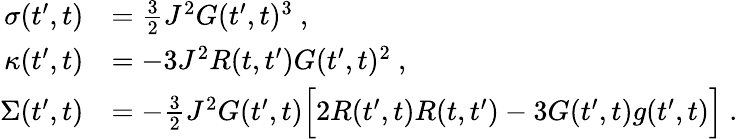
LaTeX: \begin{array}{rl}{\sigma(t^{\prime},t)}&{=\frac{3}{2}J^{2}G(t^{\prime},t)^{3}~,}\\ {\kappa(t^{\prime},t)}&{=-3J^{2}R(t,t^{\prime})G(t^{\prime},t)^{2}~,}\\ {\Sigma(t^{\prime},t)}&{=-\frac{3}{2}J^{2}G(t^{\prime},t)\Big[2R(t^{\prime},t)R(t,t^{\prime})-3G(t^{\prime},t)g(t^{\prime},t)\Big]~.}\end{array}